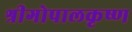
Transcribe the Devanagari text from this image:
श्रीगोपालकृष्ण